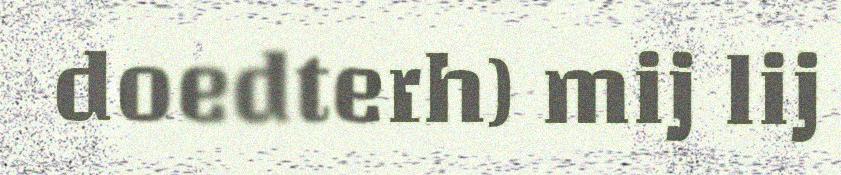
doedterh) mij lij